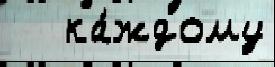
   ка́ждому